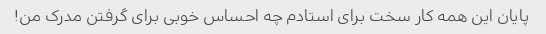
پایان این همه کار سخت برای استادم چه احساس خوبی برای گرفتن مدرک من!